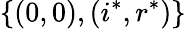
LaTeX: \{ (0,0),(i^{*},r^{*})\}